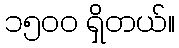
၁၅ဝဝ ရှိတယ်။